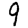
Digit: 9